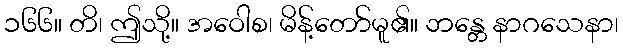
၁၆၆။ တိ၊ ဤသို့။ အဝေါစ၊ မိန့်တော်မူ၏။ ဘန္တေ နာဂသေနာ၊